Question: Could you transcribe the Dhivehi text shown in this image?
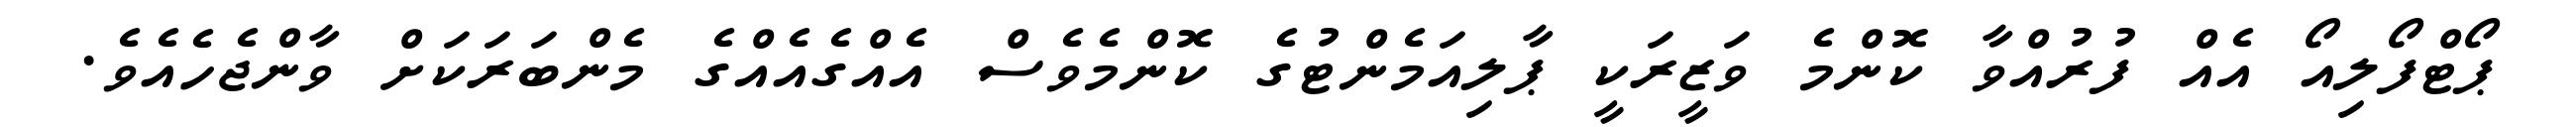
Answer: ޕޯޓްފޯލިއޯ އެއް ފުރުއްވާ ކޮންމެ ވަޒީރަކީ ޕާލިއަމެންޓުގެ ކޮންމެވެސް އެއްގެއެއްގެ މެންބަރަކަށް ވާންޖެހެއެވެ.